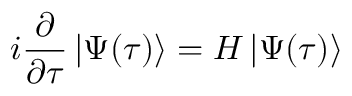
i \frac { \partial } { \partial \tau } \left| \Psi ( \tau ) \right> = H \left| \Psi ( \tau ) \right>